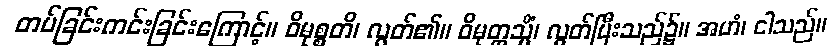
တပ်ခြင်းကင်းခြင်းကြောင့်။ ဝိမုစ္စတိ၊ လွတ်၏။ ဝိမုတ္တသ္မိံ၊ လွတ်ပြီးသည်၌။ အဟံ၊ ငါသည်။